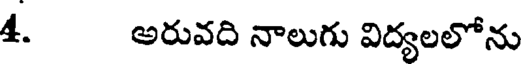
4. అరువది నాలుగు విద్యలలోను